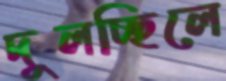
দুলচ্ছিলে